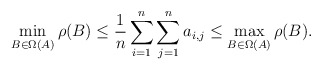
\begin{align*}\min_{B\in\Omega(A)}\rho(B)\leq \frac{1}{n}\sum_{i=1}^n\sum_{j=1}^n a_{i,j}\leq \max_{B\in\Omega(A)}\rho(B).\end{align*}